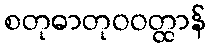
စတုဓာတုဝဝတ္ထာန်